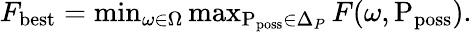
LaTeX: \begin{array}{r}{F_{\mathrm{best}}=\operatorname*{min}_{\omega\in\Omega}\operatorname*{max}_{\mathrm{P}_{\mathrm{poss}}\in\Delta_{P}}F(\omega,\mathrm{P}_{\mathrm{poss}}).}\end{array}